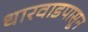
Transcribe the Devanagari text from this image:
धारवाडपासून